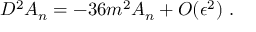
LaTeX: D ^ { 2 } A _ { n } = - 3 6 m ^ { 2 } A _ { n } + { \cal O } ( \epsilon ^ { 2 } ) \ .